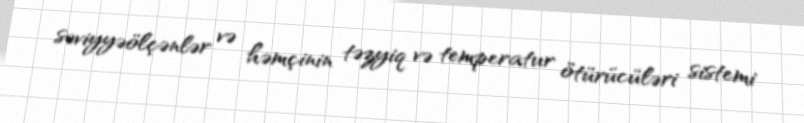
səviyyəölçənlər və həmçinin təzyiq və temperatur ötürücüləri sistemi